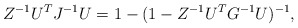
\begin{align*}Z^{-1}U^TJ^{-1}U=1-(1- Z^{-1}U^TG^{-1}U)^{-1},\end{align*}